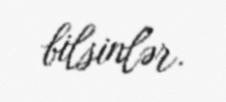
bilsinlər.